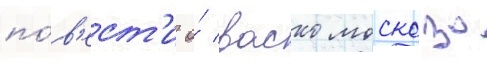
по́в'ест'и о́ васко москозо